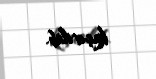
keçirilib.